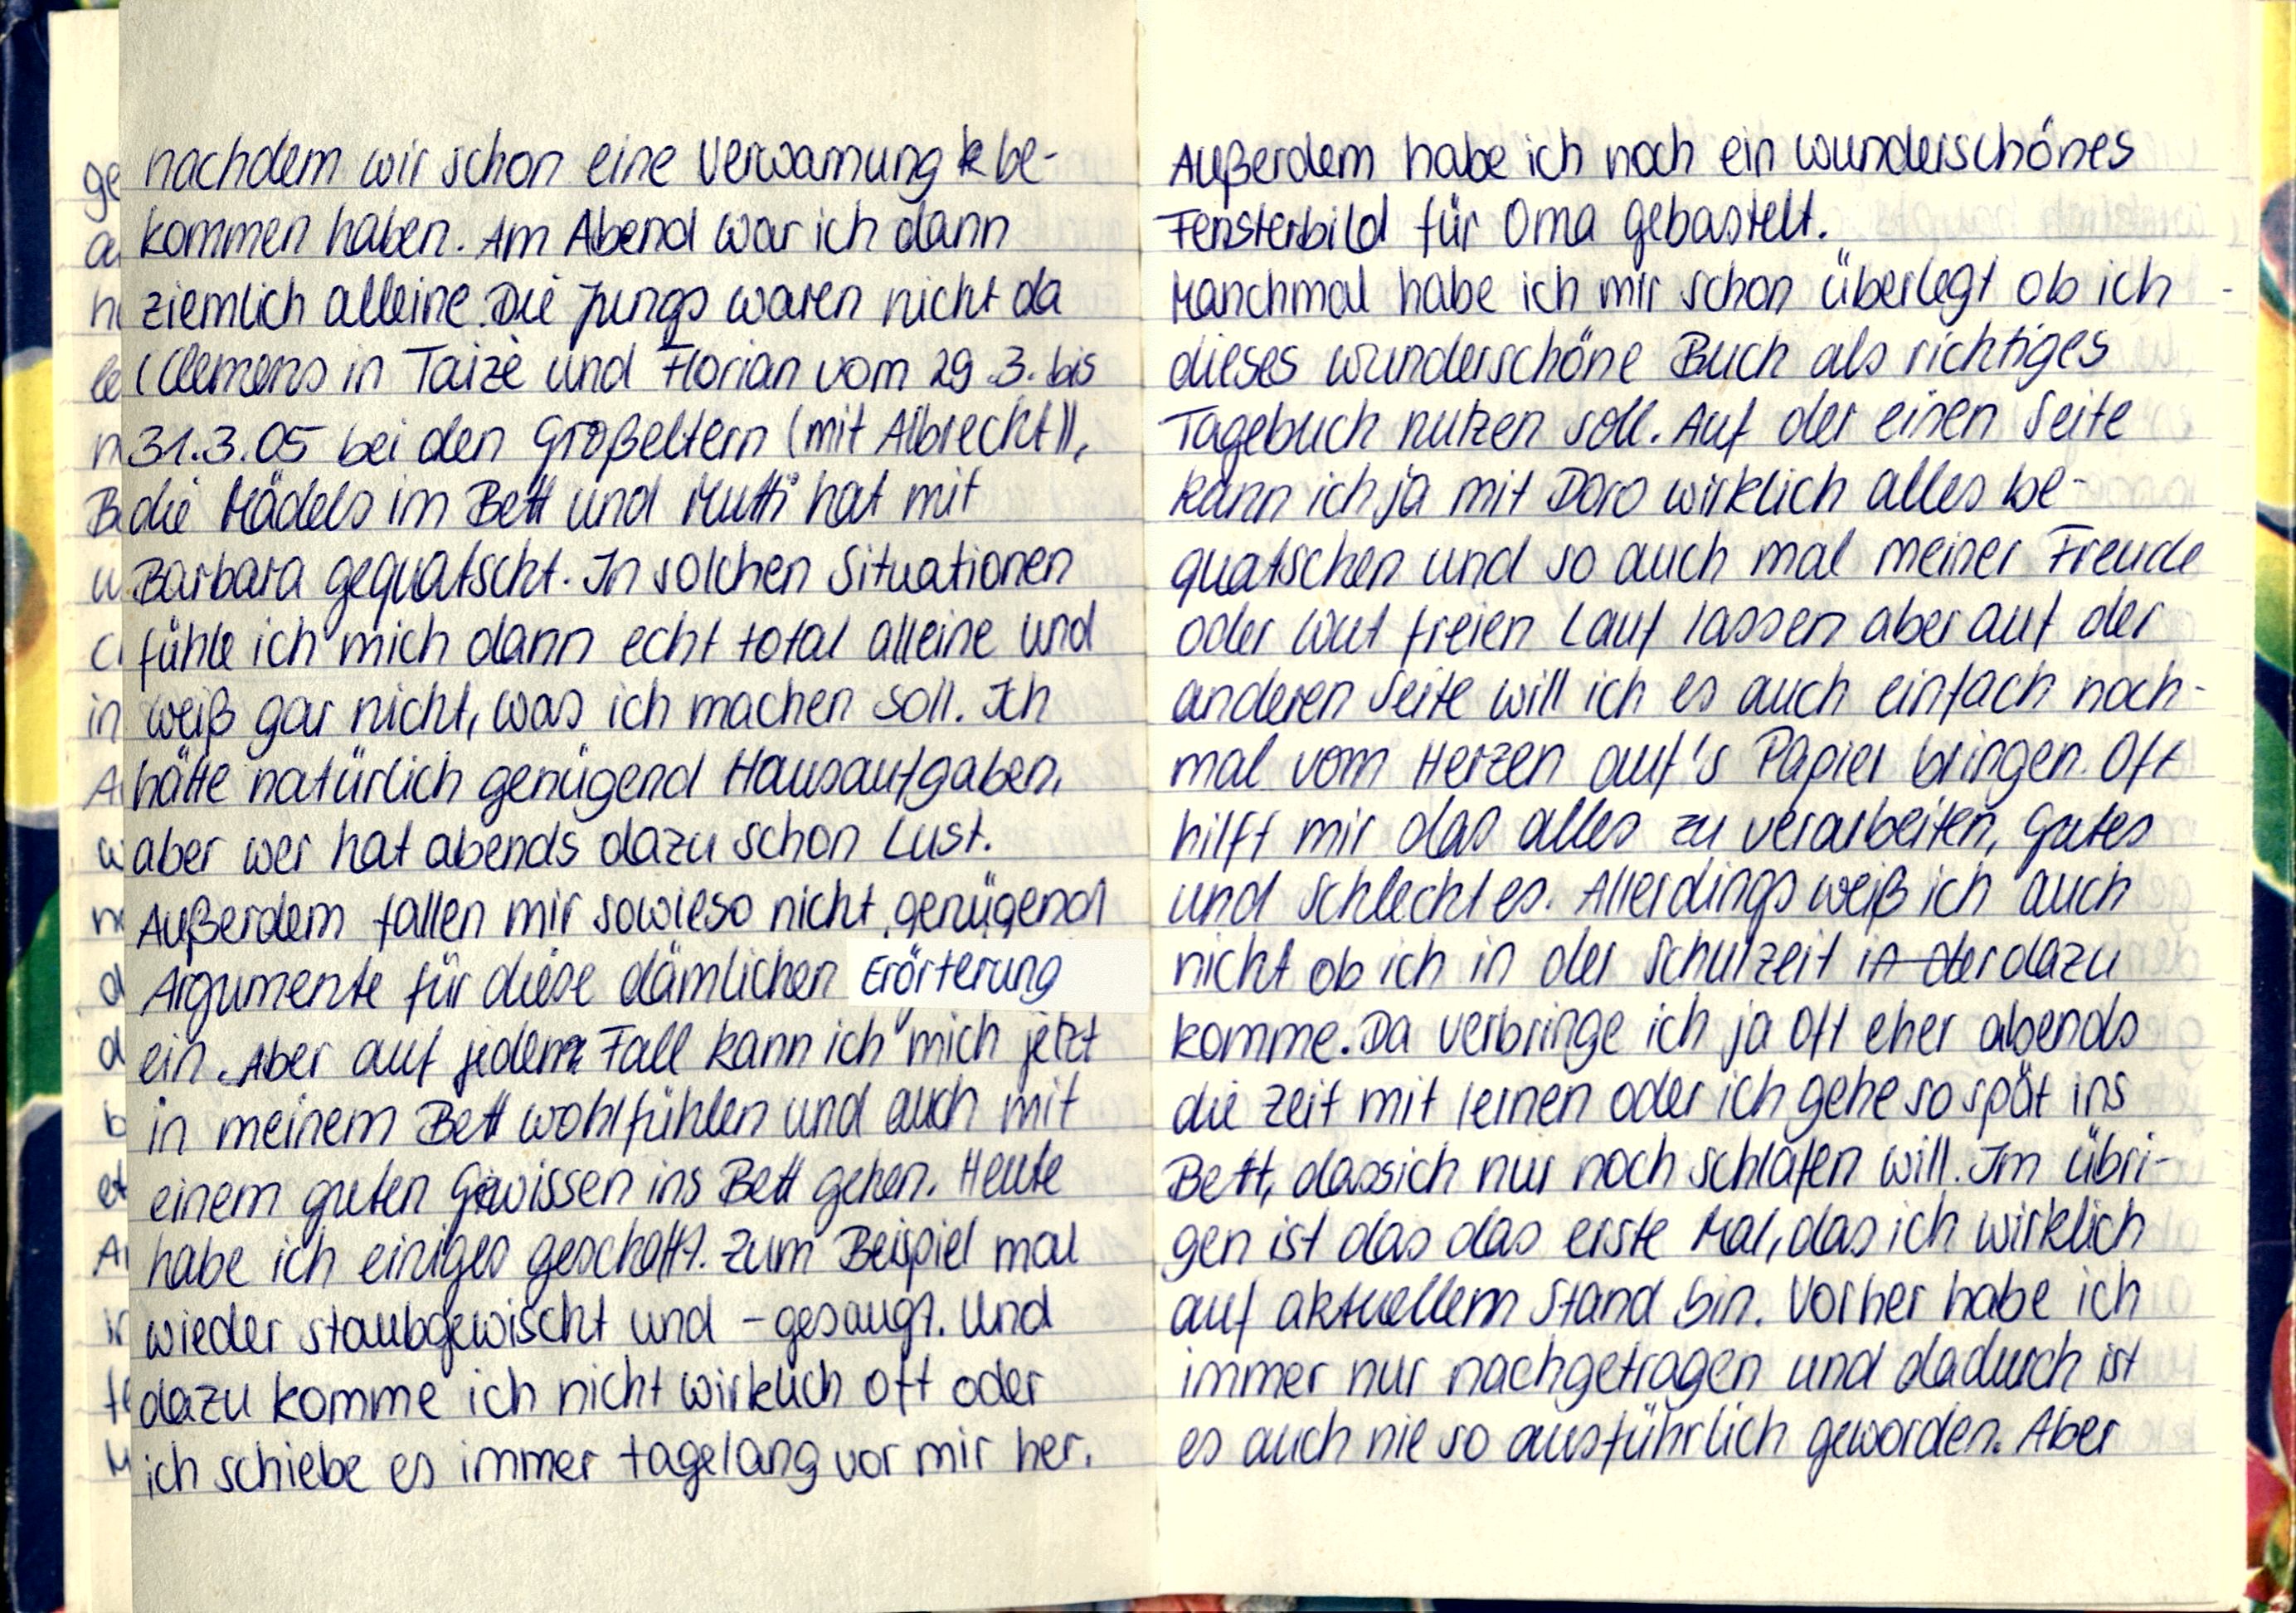
nachdem wir schon eine Verwarnung be-
kommen haben. Am Abend war ich dann
ziemlich alleine. Die Jungs waren nicht da
(Clemens in Taizè und Florian vom 29.3. bis
31.3.05 bei den Großeltern (mit Albrecht)),
die Mädels im Bett und Mutti hat mit
Barbara gequatscht. In solchen Situation
fühle ich mich dann echt total alleine und
weiß gar nicht, was ich machen soll. Ich
hätte natürlich genügend Hausaufgaben,
aber wer hat abends dazu schon Lust.
Außerdem fallen mir sowieso nicht genügend
Argumente für diese dämlichen Erörterun
ein. Aber auf jeden Fall kann ich mich jetzt
in meinem Bett wohlfühlen und auch mit
einem guten Gewissen ins Bett gehen. Heute
habe ich einiges geschafft. Zum Beispiel mal
wieder staubgewischt und -gesaugt. Und
dazu komme ich nicht wirklich oft oder
ich schiebe es immer tagelang vor mir her.

Außerdem habe ich noch ein wunderschönes
Fensterbild für Oma gebastelt.
Manchmal habe ich mir schon überlegt ob ich
dieses wunderschöne Buch als richtiges
Tagebuch nutzen soll. Auf der einen Seite
kann ich ja mit Doro wirklich alles be-
quatschen und so auch mal meiner Freude
oder Wut freien Lauf lassen aber auf der
anderen Seite will ich es auch einfach noch-
mal vom Herzen auf's Papier bringen. Oft
hilft mir das alles zu verarbeiten, Gutes
und Schlechtes. Allerdings weiß ich auch
nicht ob ich in der Schulzeit dazu
komme. Da verbringe ich ja oft eher abends
die Zeit mit lernen oder ich gehe so spät ins
Bett, dassich nur noch schlafen will. Im übri-
gen ist das das erste Mal, das ich wirklich
auf aktuellem Stand bin. Vorher habe ich
immer nur nachgetragen und dadurch ist
es auch nie so ausführlich geworden. Aber